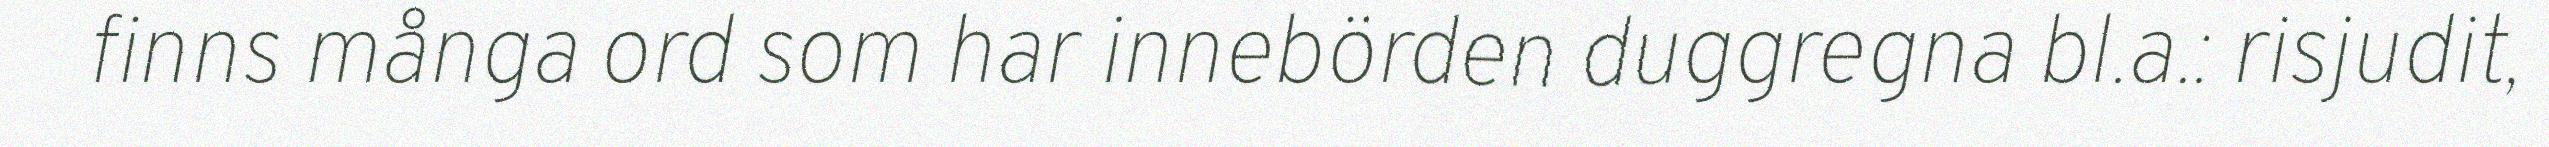
finns många ord som har innebörden duggregna bl.a.: risjudit,